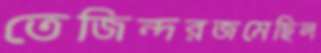
তেজিন্দরজমেছিল